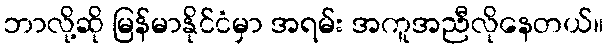
ဘာလို့ဆို မြန်မာနိုင်ငံမှာ အရမ်း အကူအညီလိုနေတယ်။